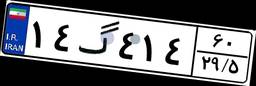
۱۴گ۴۱۴۶۰